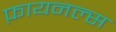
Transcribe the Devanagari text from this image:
फ़ायनल्स